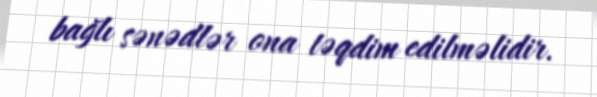
bağlı sənədlər ona təqdim edilməlidir.